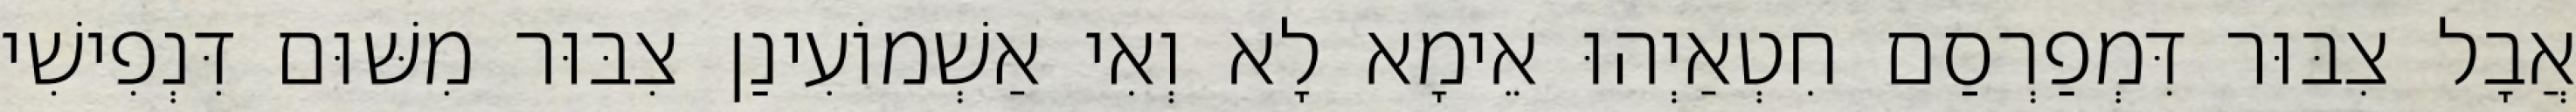
אֲבָל צִבּוּר דִּמְפַרְסַם חִטְאַיְהוּ אֵימָא לָא וְאִי אַשְׁמוֹעִינַן צִבּוּר מִשּׁוּם דִּנְפִישִׁי